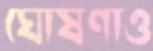
ঘোষণাও